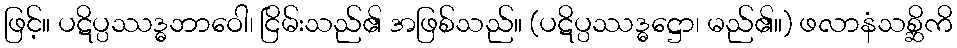
ဖြင့်။ ပဋိပ္ပဿဒ္ဓဘာဝေါ၊ ငြိမ်းသည်၏ အဖြစ်သည်။ (ပဋိပ္ပဿဒ္ဓဋ္ဌော၊ မည်၏။) ဖလာနံသစ္ဆိကိ